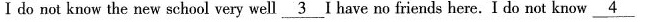
I do not know the new school very well \underline{3} I have no friends here. I do not know \underline{4}